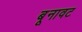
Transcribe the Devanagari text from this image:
बूनावट